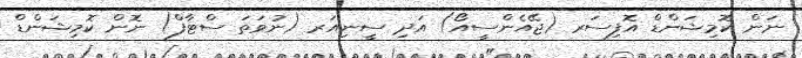
ނަން ކޮމިޝަންޑް އޮފިސަރ (ޖޭއެންސީއޯ) އަދި ސީނިއަރ (ނުވަތަ ސްޓާފް) ނޮން ކޮމިޝަންޑް